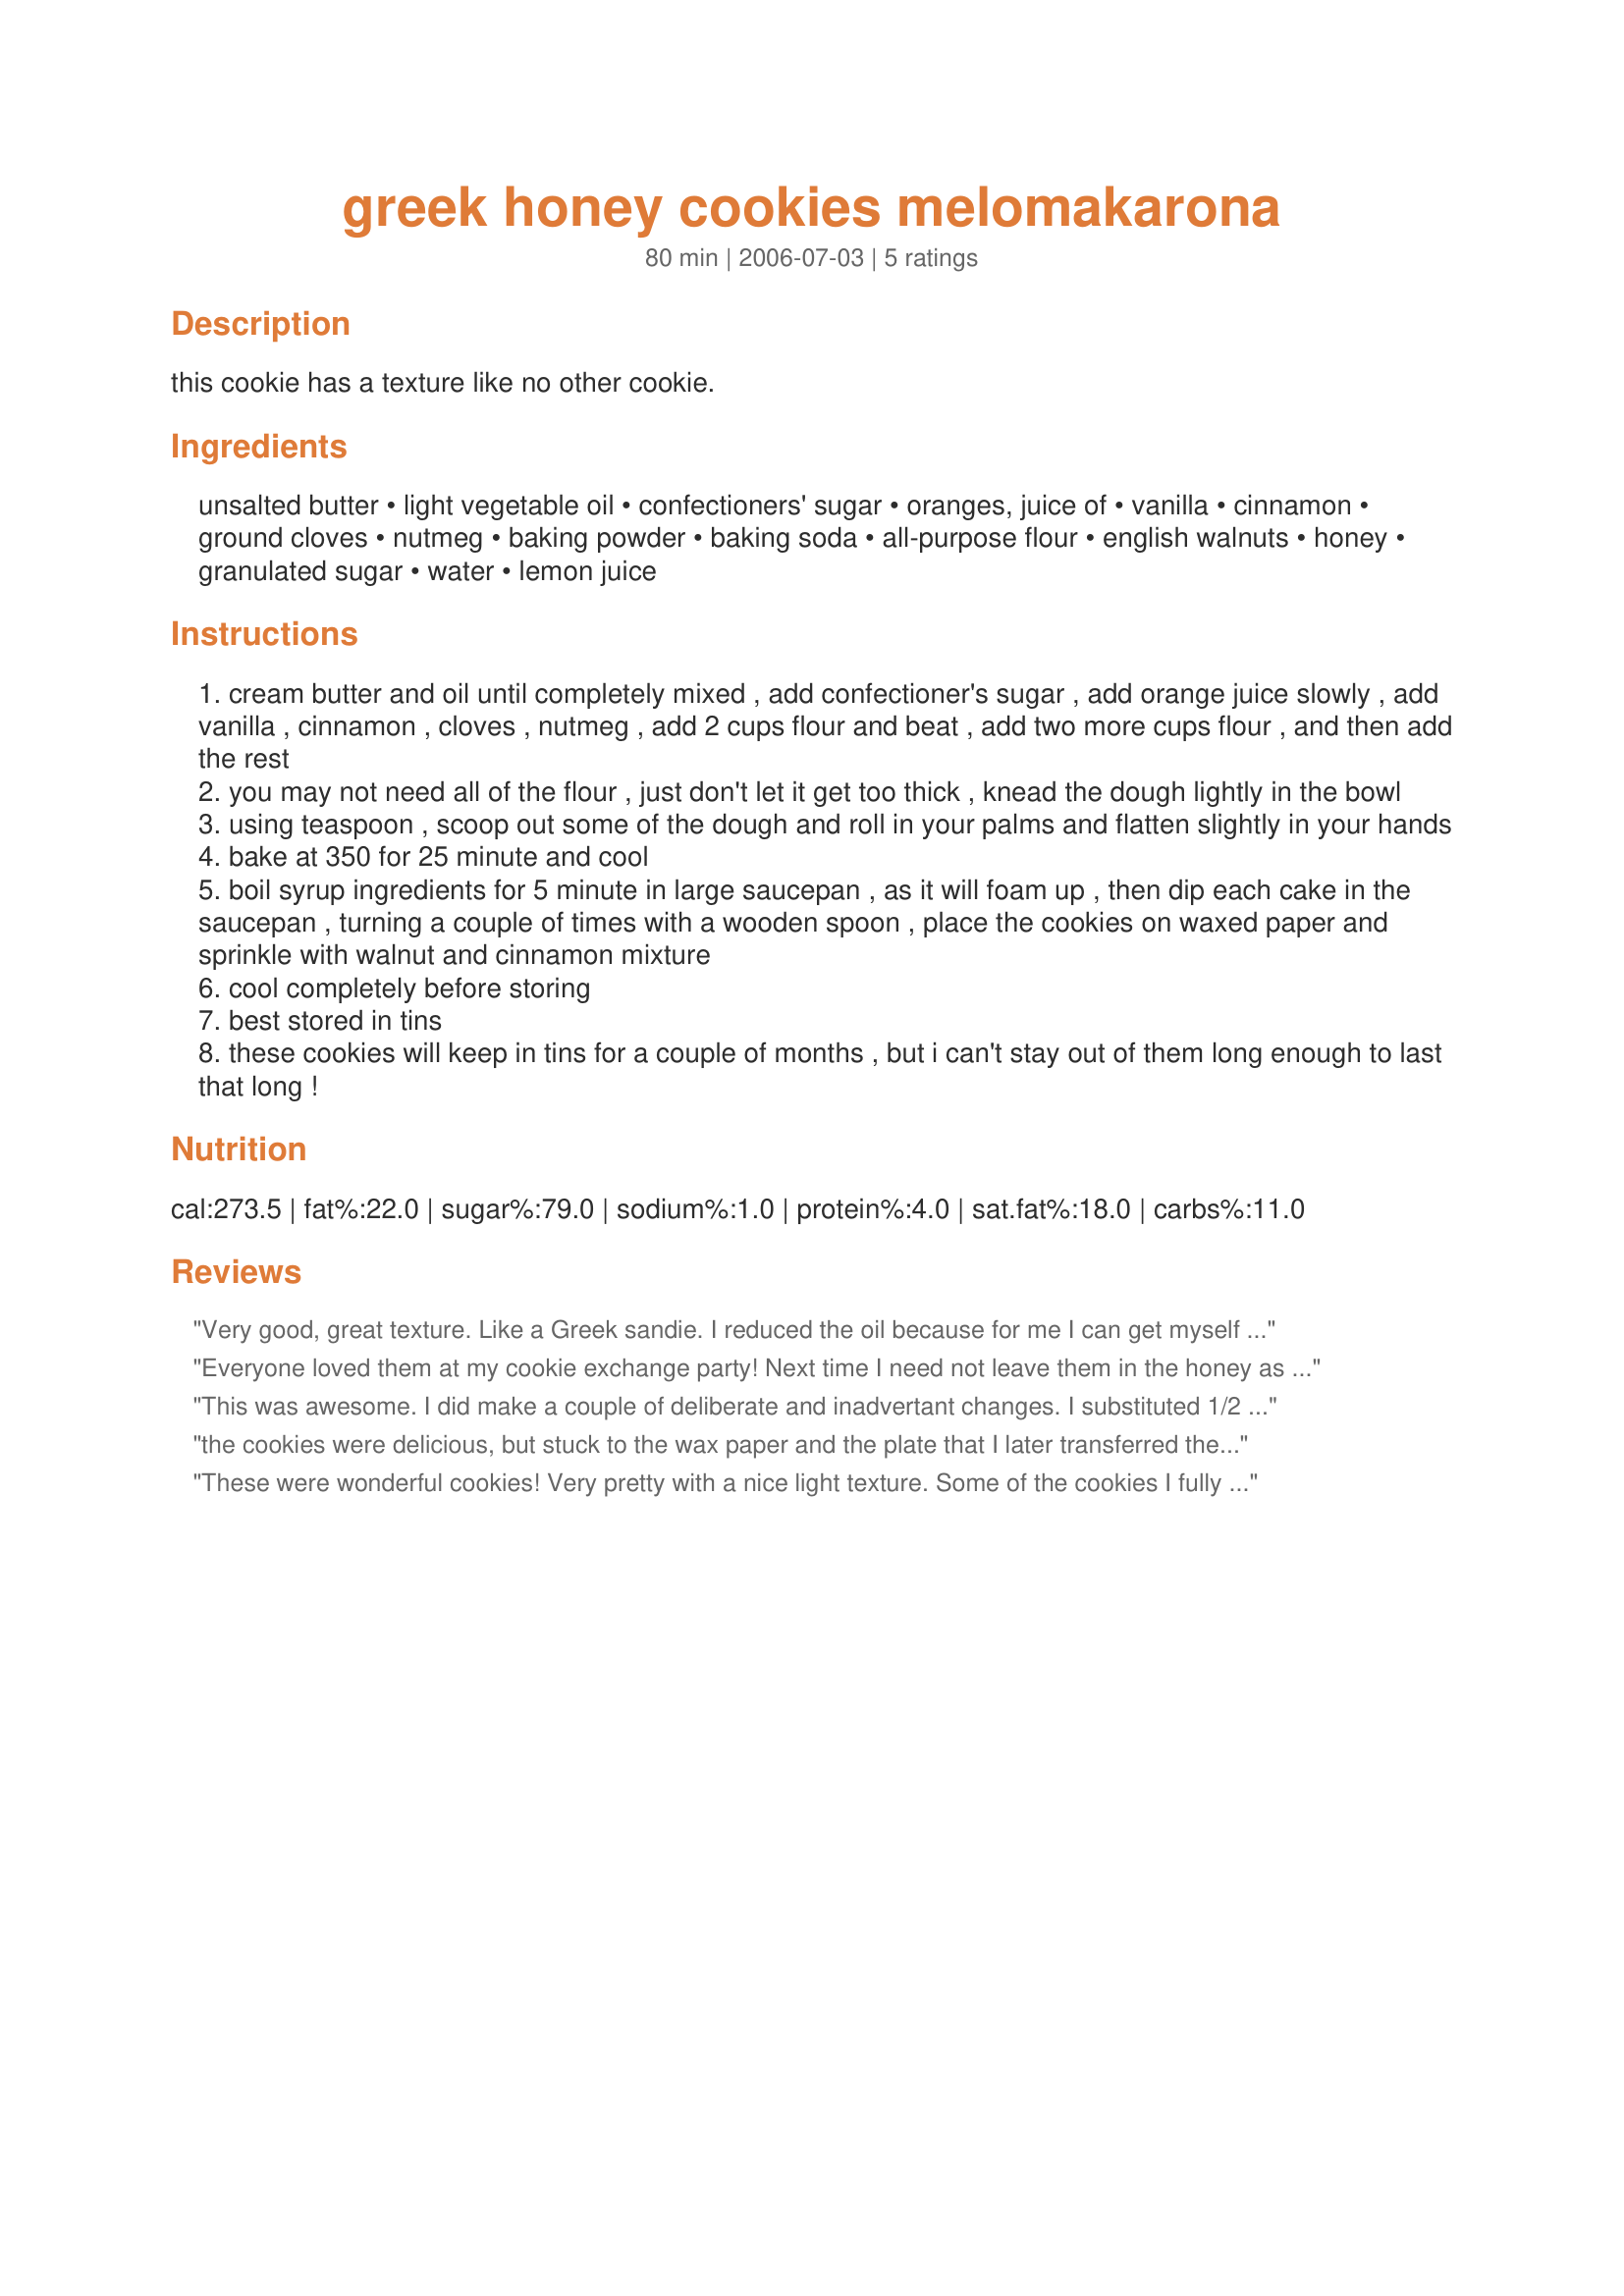
greek honey cookies melomakarona
Preparation time: 80 minutes

this cookie has a texture like no other cookie.

Ingredients:
unsalted butter, light vegetable oil, confectioners' sugar, oranges, juice of, vanilla, cinnamon, ground cloves, nutmeg, baking powder, baking soda, all-purpose flour, english walnuts, honey, granulated sugar, water, lemon juice

Steps:
cream butter and oil until completely mixed , add confectioner's sugar , add orange juice slowly , add vanilla , cinnamon , cloves , nutmeg , add 2 cups flour and beat , add two more cups flour , and then add the rest
you may not need all of the flour , just don't let it get too thick , knead the dough lightly in the bowl
using teaspoon , scoop out some of the dough and roll in your palms and flatten slightly in your hands
bake at 350 for 25 minute and cool
boil syrup ingredients for 5 minute in large saucepan , as it will foam up , then dip each cake in the saucepan , turning a couple of times with a wooden spoon , place the cookies on waxed paper and sprinkle with walnut and cinnamon mixture
cool completely before storing
best stored in tins
these cookies will keep in tins for a couple of months , but i can't stay out of them long enough to last that long !

Reviews:
Very good, great texture. Like a Greek sandie. I reduced the oil because for me I can get myself to use this much fat i anything, especially after looking at the nutrition facts, Wow! I didn't use all the flour, probably due to the reduced liquids from the oil. My only concern is that the cookies are so sticky after they have sat for 12 hours that I flipped them over and spinkled them with the nut/cinnamon mixture. I boiled the syrup for 5 mintue, but I wonder if boiling longer would have resulted in more of a glaze. Maybe next time. Great cookie, great flavor. Thanks Greekgal!
Everyone loved them at my cookie exchange party! Next time I need not leave them in the honey as long. Thanks for a great recipe!
This was awesome. I did make a couple of deliberate and inadvertant changes. I substituted 1/2 cup applesauce for the 1/2 cup oil. I only used 5 cups flour and read the recipe wrong in that I thought the nuts were to do in the cookie dough. This turned out wonderful though. When I was soaking them in the honey mixture, I tried to let them soak to absorb some of the honey mixture. Then to avoid stickiness, I put the cookies on cookie racks with wax paper under the cookie racks so they could dry. I loved this recipe. Thanks so much for sharing.
the cookies were delicious, but stuck to the wax paper and the plate that I later transferred them to. They disintegrated when we tried to get them off the plate, so perhaps it was "chef" error on our part. The taste could not be beat!
These were wonderful cookies! Very pretty with a nice light texture. Some of the cookies I fully dunked in the honey syrup and others I just dunked the tops in. The cookies that were fully dunked tended to stick to the wax paper. So next time I will just dunk the tops in. I love this recipe Greekgal- thanks for sharing!
